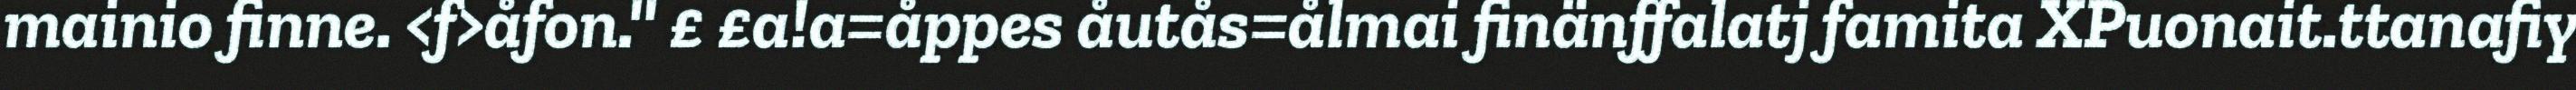
mainio finne. <f>åfon.'' £ £a!a=åppes åutås=ålmai finänffalatj famita XPuonait.ttanafiy